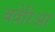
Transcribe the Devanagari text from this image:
बवेरिआ